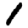
Digit: 1